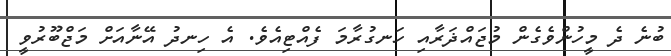
ބުނެ ދެ މީހުންވެގެން މުޖައްޛަރާއި ހަނގުރާމަ ފެއްޓިއެވެ. އެ ހިނދު އޭނާއަށް މަޖްބޫރުވީ